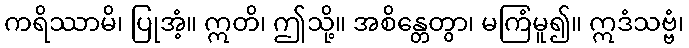
ကရိဿာမိ၊ ပြုအံ့။ ဣတိ၊ ဤသို့။ အစိန္တေတွာ၊ မကြံမူ၍။ ဣဒံသဗ္ဗံ၊